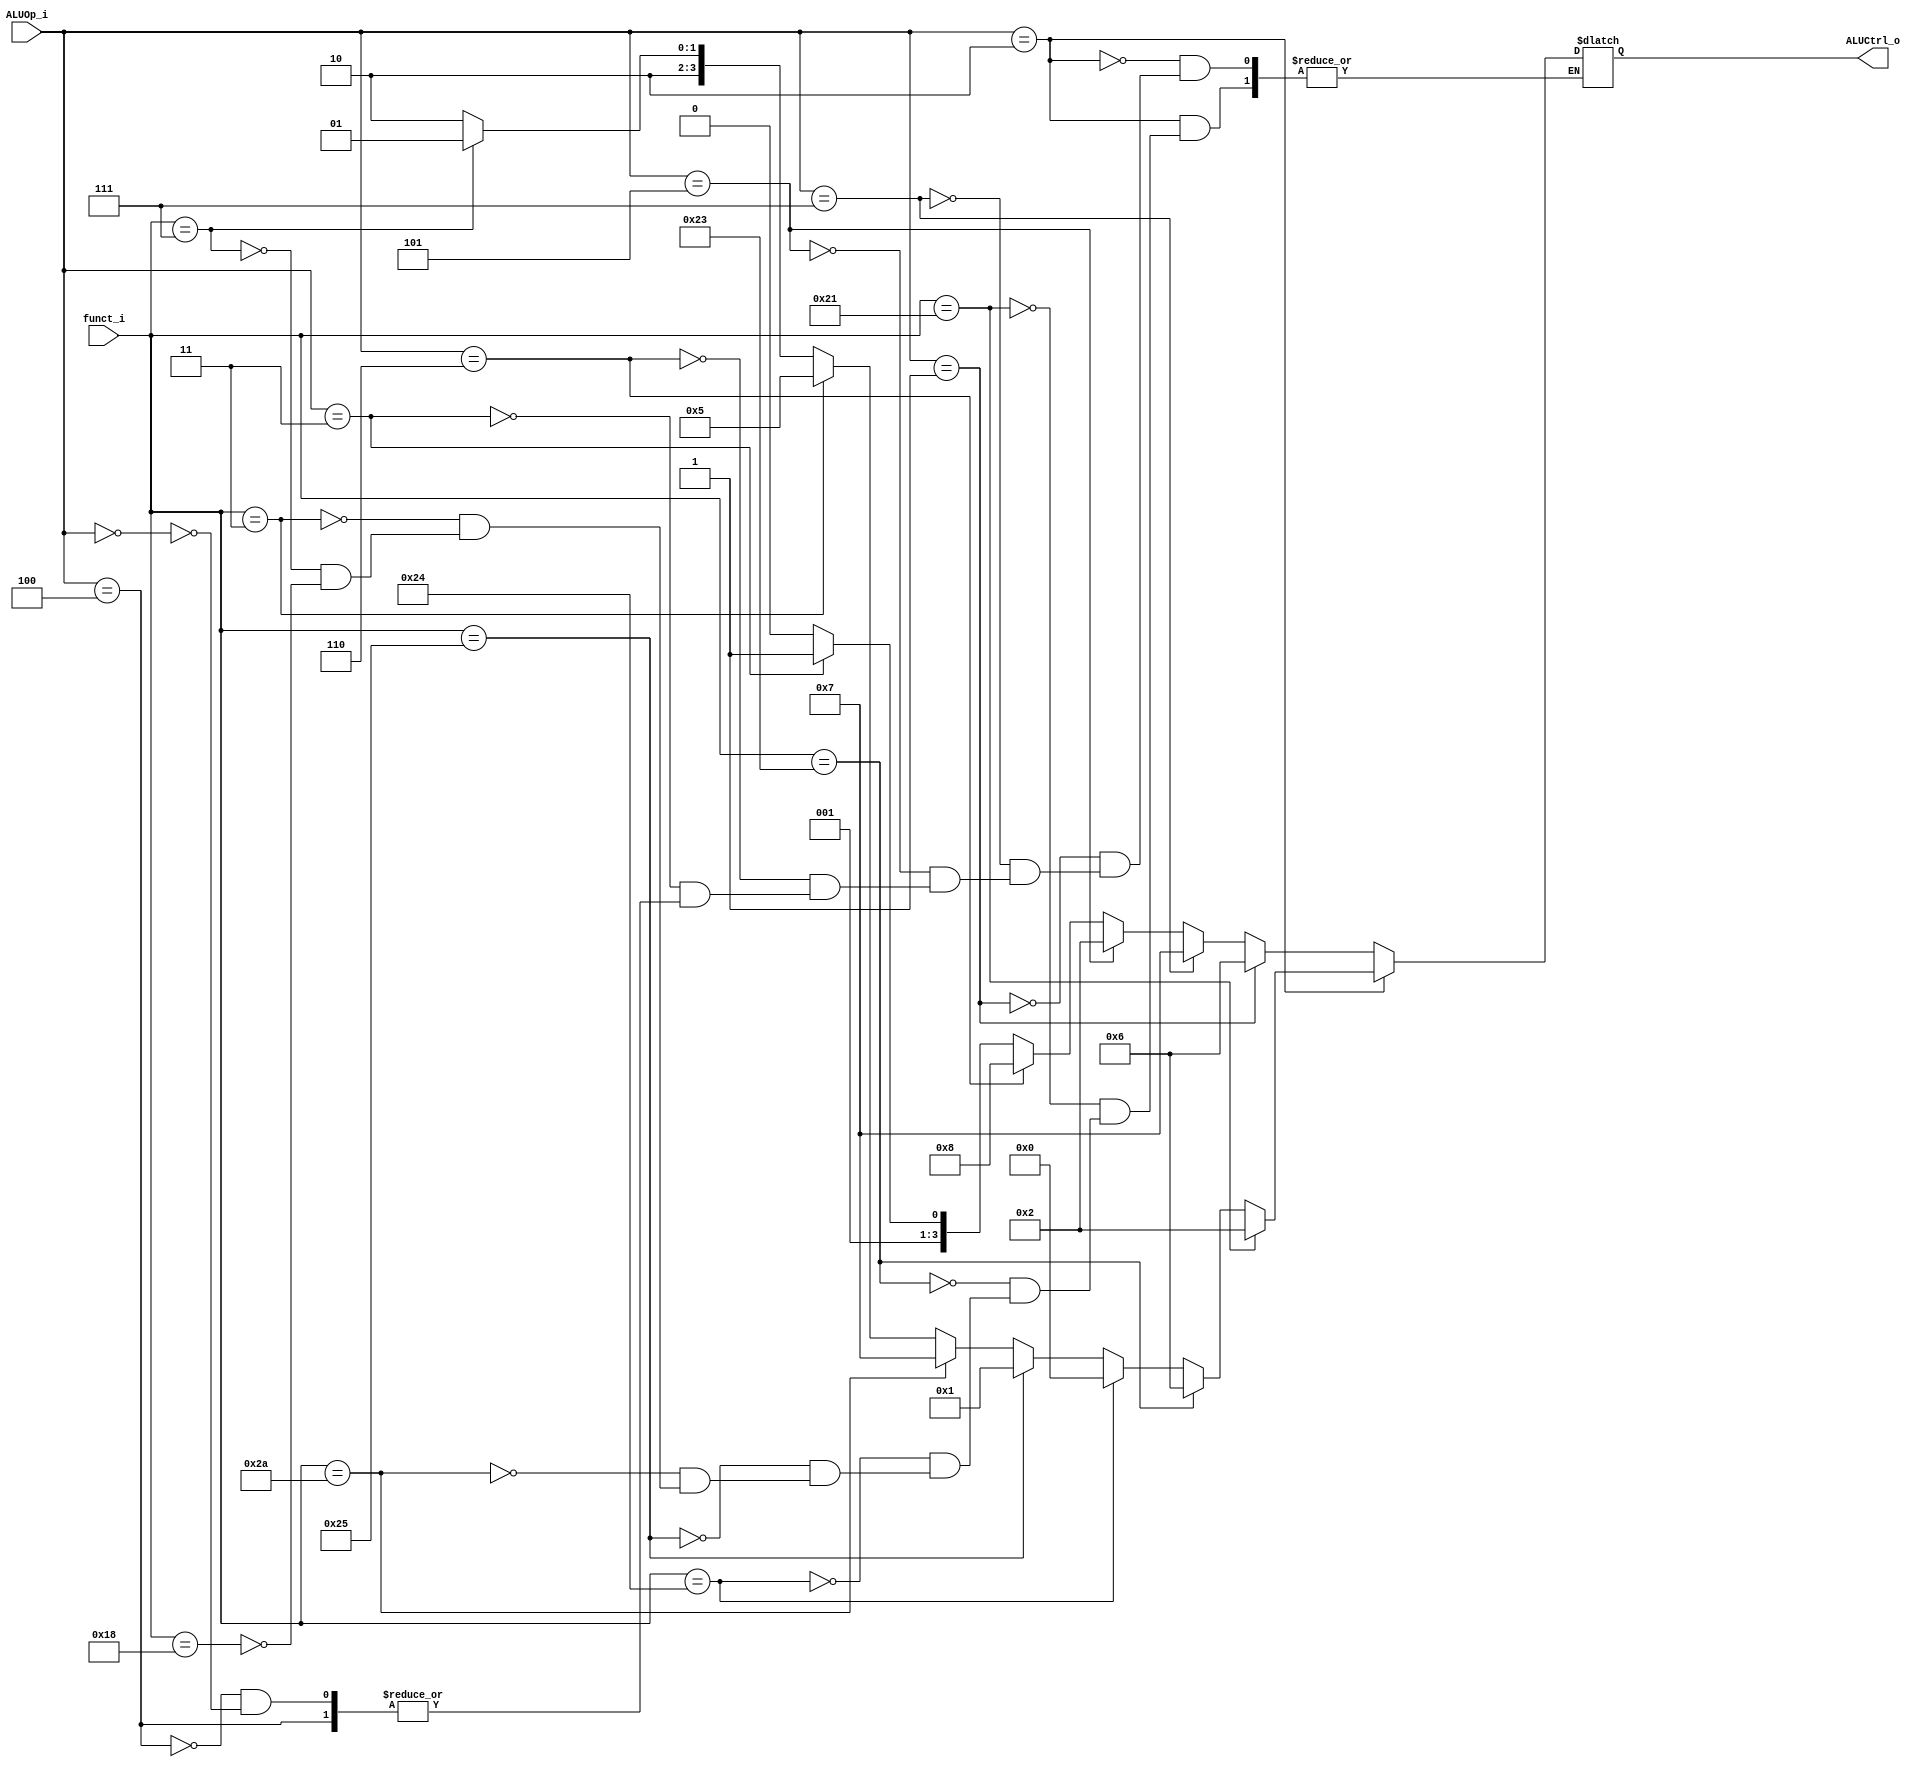
//Subject:     CO project 2 - ALU Controller
//--------------------------------------------------------------------------------
//Version:     1
//--------------------------------------------------------------------------------
//Writer:      (0516034) (0516313)
//----------------------------------------------
//----------------------------------------------
//Description: 
//--------------------------------------------------------------------------------

module ALU_Ctrl(
          funct_i,
          ALUOp_i,
          ALUCtrl_o
          );
          
//I/O ports 
input      [6-1:0] funct_i;
input      [3-1:0] ALUOp_i;

output     [4-1:0] ALUCtrl_o;    
     
//Internal Signals
reg        [4-1:0] ALUCtrl_o;

//Parameter

       
//Select exact operation
always @ ( funct_i or ALUOp_i ) begin
    if(ALUOp_i[2:0] == 3'b010) begin
        // addu
        if(funct_i[5:0] == 6'b100001) begin
            ALUCtrl_o[3:0] <= 4'd2;
          end
        // subu
        else if(funct_i[5:0] == 6'b100011) begin
            ALUCtrl_o[3:0] <= 4'd6;
          end
        // and
        else if(funct_i[5:0] == 6'b100100) begin
            ALUCtrl_o[3:0] <= 4'd0;
          end
        // or
        else if(funct_i[5:0] == 6'b100101) begin
            ALUCtrl_o[3:0] <= 4'd1;
          end
        // slt
        else if(funct_i[5:0] == 6'b101010) begin
            ALUCtrl_o[3:0] <= 4'd7;
          end
        // sra
        else if(funct_i[5:0] == 6'b000011) begin
            ALUCtrl_o[3:0] <= 4'd5;
          end
        // srav
        else if(funct_i[5:0] == 6'b000111) begin
            ALUCtrl_o[3:0] <= 4'd9;
          end
        // mul
        else if(funct_i[5:0] == 6'b011000) begin
            ALUCtrl_o[3:0] <= 4'd10;
          end
        else begin
        
          end
      end
    // beq, bne, ble, bnez
    else if(ALUOp_i[2:0] == 3'b001) begin
        ALUCtrl_o[3:0] <= 4'd6;
      end
    // sltiu
    else if(ALUOp_i[2:0] == 3'b111) begin
        ALUCtrl_o[3:0] <= 4'd7;
      end
    // addi
    else if(ALUOp_i[2:0] == 3'b101) begin
        ALUCtrl_o[3:0] <= 4'd2;
      end
    // ori
    else if(ALUOp_i[2:0] == 3'b110) begin
        ALUCtrl_o[3:0] <= 4'd8;
      end
    // lui
    else if(ALUOp_i[2:0] == 3'b011) begin
        ALUCtrl_o[3:0] <= 4'd3;
      end
    // 
    else if(ALUOp_i[2:0] == 3'b100) begin
        
      end
    // lw, sw
    else if(ALUOp_i[2:0] == 3'b000) begin
        ALUCtrl_o[3:0] <= 4'd2;
      end
    else begin
        
      end
  end
endmodule